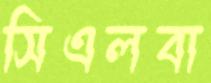
সিএলবা